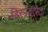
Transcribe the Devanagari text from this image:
डिस्पेंसरियां